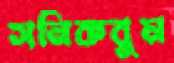
সনিকবুম